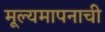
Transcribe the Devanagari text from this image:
मूल्यमापनाची